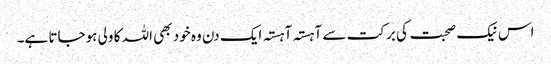
اس نیک صحبت کی برکت سے آہستہ آہستہ ایک دن وہ خود بھی اللہ کا ولی ہوجاتا ہے۔